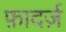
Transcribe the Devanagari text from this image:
फ़ादर्ज़